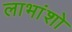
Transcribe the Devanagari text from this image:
लाभांशो